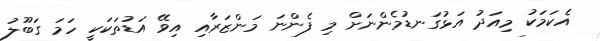
އެކަމަކު މިއަދު އަޅުގަނޑުމެންނަށް މި ފެންނަ މަންޒަރާއި އިވޭ އަޑުތަކަކީ ހަމަ ގަބޫލު